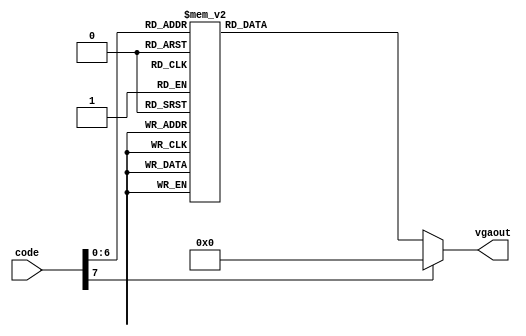
//---------------------------------------------------------------------------------------------------//
// MIT License
//
// Copyright (c) 2022 Jos Luis Jimnez Arvalo
// 
// Permission is hereby granted, free of charge, to any person obtaining a copy
// of this software and associated documentation files (the "Software"), to deal
// in the Software without restriction, including without limitation the rights
// to use, copy, modify, merge, publish, distribute, sublicense, and/or sell
// copies of the Software, and to permit persons to whom the Software is
// furnished to do so, subject to the following conditions:
// 
// The above copyright notice and this permission notice shall be included in all
// copies or substantial portions of the Software.
// 
// THE SOFTWARE IS PROVIDED "AS IS", WITHOUT WARRANTY OF ANY KIND, EXPRESS OR
// IMPLIED, INCLUDING BUT NOT LIMITED TO THE WARRANTIES OF MERCHANTABILITY,
// FITNESS FOR A PARTICULAR PURPOSE AND NONINFRINGEMENT. IN NO EVENT SHALL THE
// AUTHORS OR COPYRIGHT HOLDERS BE LIABLE FOR ANY CLAIM, DAMAGES OR OTHER
// LIABILITY, WHETHER IN AN ACTION OF CONTRACT, TORT OR OTHERWISE, ARISING FROM,
// OUT OF OR IN CONNECTION WITH THE SOFTWARE OR THE USE OR OTHER DEALINGS IN THE
// SOFTWARE.
//---------------------------------------------------------------------------------------------------//


module vgadecoder(
	input [7:0] code,
	output reg [24:0] vgaout);
	
	always @ (*)
	begin 
		case (code)
		8'h1C: vgaout = 25'b0101001010011100101001110;
		8'h32: vgaout = 25'b0111001010011100001000010;
		8'h21: vgaout = 25'b0111000010000100001001110;
		8'h15: vgaout = 25'b0100001000011100101001110;//Q

		8'h1D: vgaout = 25'b1111110101101011010110101;//W
				
		8'h24: vgaout = 25'b0111000010001100001001110;//E
				
		8'h2D: vgaout = 25'b0101000110011100101001110;//R
				
		8'h2C: vgaout = 25'b0010000100001000010001110;//T
				
		8'h35: vgaout = 25'b0111001000011100101001010;//Y
				
		8'h3C: vgaout = 25'b0111001010010100101001010;//U
				
		8'h43: vgaout = 25'b0111000100001000010001110;//I
				
		8'h44: vgaout = 25'b0111001010010100101001110;//O
				
		8'h4D: vgaout = 25'b0001000010011100101001110;//P
				
		8'h1C: vgaout = 25'b0101001010011100101001110;//A
				
		8'h1B: vgaout = 25'b0111001000011100001001110;//S
				
		8'h23: vgaout = 25'b0111001010011100100001000;//D
				
		8'h2B: vgaout = 25'b0001000010001100001001110;//F
				
		8'h34: vgaout = 25'b0111001010011100001001110;//G
				
		8'h33: vgaout = 25'b0101001010011100101001010;//H
				
		8'h3B: vgaout = 25'b0011000100001000010001110;//J
				
		8'h42: vgaout = 25'b0101001010001100011001010;//K
				
		8'h4B: vgaout = 25'b0111000010000100001000010;//L
				
		8'h1A: vgaout = 25'b1111100010001000100011111;//Z
				
		8'h22: vgaout = 25'b1000101010001000101010001;//X
				
		8'h21: vgaout = 25'b0111000010000100001001110;//C
				
		8'h2A: vgaout = 25'b0010001010100010000000000;//V
				
		8'h32: vgaout = 25'b0111001010011100001000010;//B
				
		8'h31: vgaout = 25'b1000111001101011001110001;//N
				
		8'h3A: vgaout = 25'b1000110001101011010111111;//M
		
		8'h16: vgaout = 25'b0111000100001000011000100;//1
		
		8'h1E: vgaout = 25'b0111000010011100100001110;//2
				
		8'h26: vgaout = 25'b0111001000011100100001110;//3
				
		8'h25: vgaout = 25'b0100001000011100101001010;//4
				
		8'h2E: vgaout = 25'b0111001000011100001001110;//5
				
		8'h36: vgaout = 25'b0111001010011100001001110;//6
				
		8'h3D: vgaout = 25'b0000100010001000100011111;//7
				
		8'h3E: vgaout = 25'b0111001010011100101001110;//8
				
		8'h46: vgaout = 25'b0111001000011100101001110;//9
				
		8'h45: vgaout = 25'b0111001010010100101001110;//0
		
		default: vgaout =25'b0000000000000000000000000;
		endcase
	end
endmodule